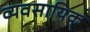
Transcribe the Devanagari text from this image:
व्यवसायिक्